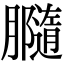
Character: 𦢪